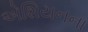
એશિયનના